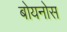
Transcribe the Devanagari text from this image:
बोयनोस